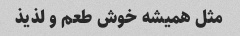
مثل همیشه خوش طعم و لذیذ